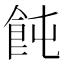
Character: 飩